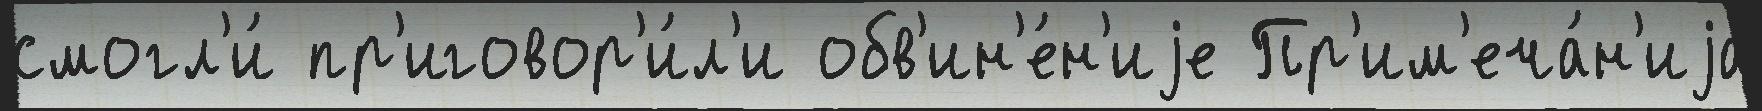
смогл'и́ пр'иговор'и́л'и обв'ин'е́н'иjе Пр'им'еча́н'иjа